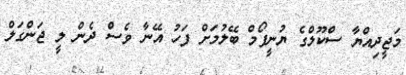
މަޖީދިއްޔާ ސްކޫލްގެ ޔުނީފޯމް ބޭލުމަށް ފަހު އޭނާ ވެސް ދެން ލީ ޖަންގަލް